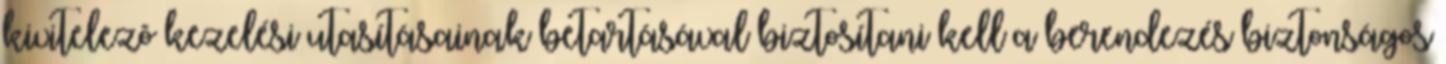
kivitelezõ kezelési utasításainak betartásával biztosítani kell a berendezés biztonságos